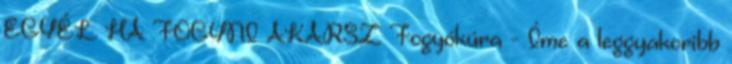
EGYÉL HA FOGYNI AKARSZ Fogyókúra - Íme a leggyakoribb